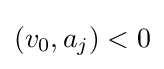
(v_{0},a_{j})<0